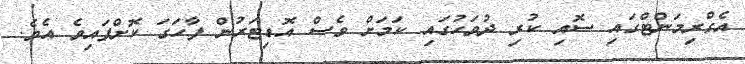
އެގްރިމަންޓްގައި ސޮއި ކުރި ދުވަހުގައި ކަމަށް ވެސް އޮޑިޓަރުން ފާހަގަ ކޮށްފައިވެ އެވެ.